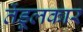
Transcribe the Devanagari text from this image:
तेंडूलकार